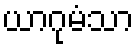
ယာဂုမံသာ